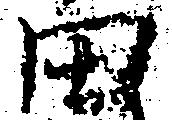
田